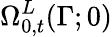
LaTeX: \Omega_{0,t}^{L}(\Gamma;0)